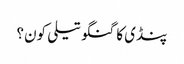
پنڈی کا گنگو تیلی کون؟